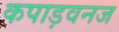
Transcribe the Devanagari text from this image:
कपाड़वनज